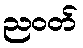
ညဝတ်